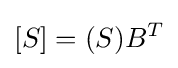
[S]=(S)B^{T}